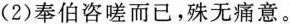
(2)奉伯咨嗟而已，殊无痛意。